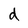
Character: d